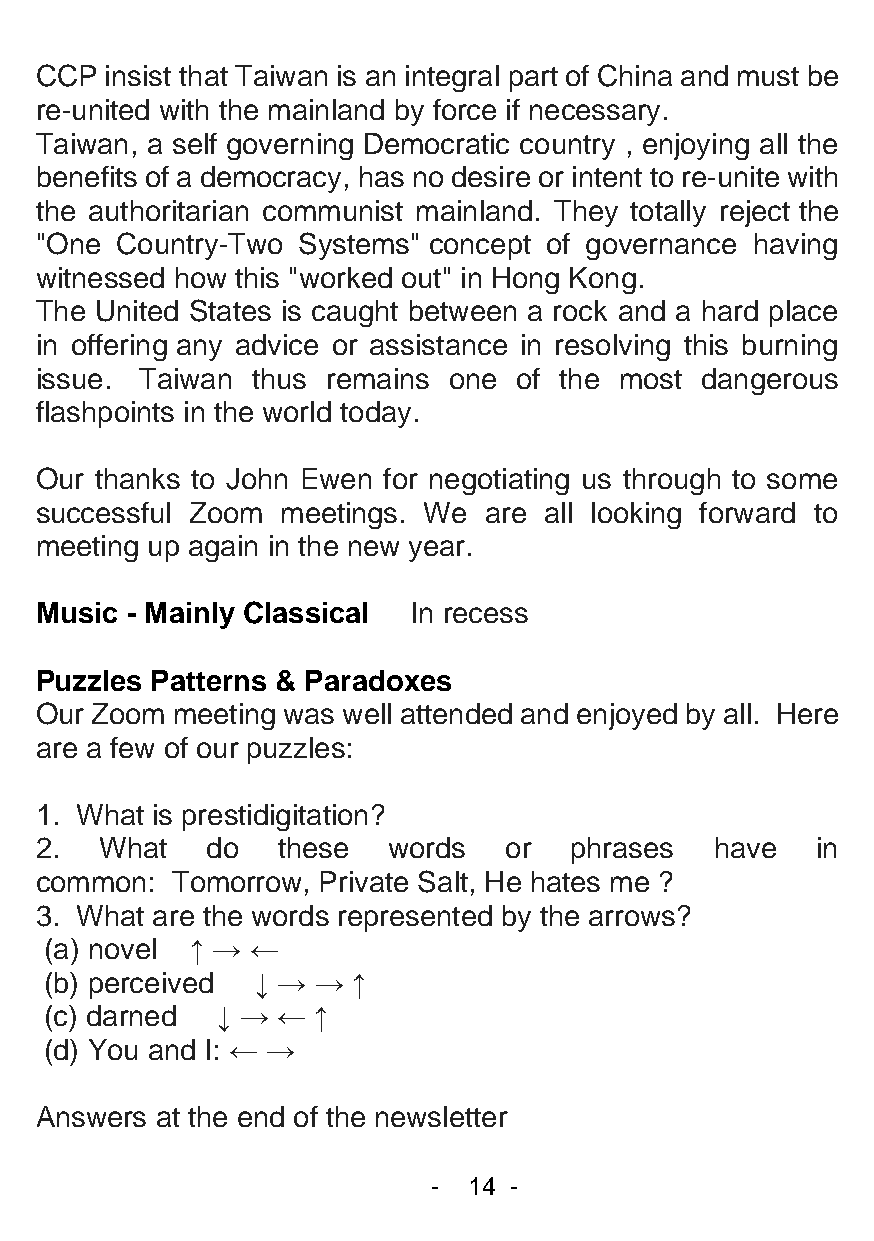
CCP  insist that Taiwan is an integral part of China and must be
 re-united with the mainland by force if necessary.
 Taiwan, a self governing Democratic country , enjoying all the
 benefits of a democracy, has no desire or intent to re-unite with
 the authoritarian communist mainland. They totally reject the
 "One  Country-Two Systems" concept of governance having
 witnessed how this "worked out" in Hong Kong.
 The United States is caught between a rock and a hard place
 in offering any advice or assistance in resolving this burning
 issue. Taiwan  thus remains one of the most dangerous
 flashpoints in the world today.
 Our thanks to John Ewen for negotiating us through to some
 successful Zoom  meetings. We are all looking forward to
 meeting up again in the new year.
 Music - Mainly Classical In recess
 Puzzles Patterns & Paradoxes
 Our Zoom meeting was well attended and enjoyed by all. Here
 are a few of our puzzles:
 1. What is prestidigitation?
 2.   What   do  these   words  or   phrases  have   in
 common:  Tomorrow, Private Salt, He hates me ?
 3. What are the words represented by the arrows?
 (a) novel ↑ → ←
 (b) perceived ↓ → → ↑
 (c) darned ↓ → ←  ↑
 (d) You and I: ← →
 Answers at the end of the newsletter
 - 14 -